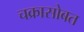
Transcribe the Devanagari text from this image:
चक्रासोबत